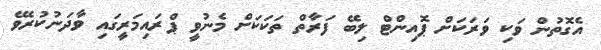
އެގޮތުން ވަކި ވަރަކަށް ޕޮއިންޓް ލިބޭ ފަރާތް ތަކަކަށް މެނުވީ ޕްރައިމަރީގައި ވާދަނުކުރެވޭ